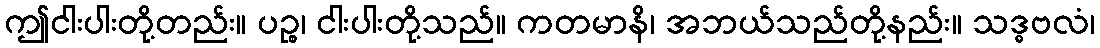
ဤငါးပါးတို့တည်း။ ပဉ္စ၊ ငါးပါးတို့သည်။ ကတမာနိ၊ အဘယ်သည်တို့နည်း။ သဒ္ဓဗလံ၊